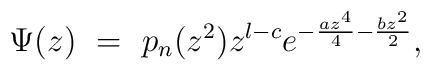
\Psi (z) \ = \  p_n (z^2) z^{l-c}  e ^ {-{az^4 \over 4} - {bz^2 \over 2}},